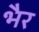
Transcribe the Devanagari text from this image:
भैर